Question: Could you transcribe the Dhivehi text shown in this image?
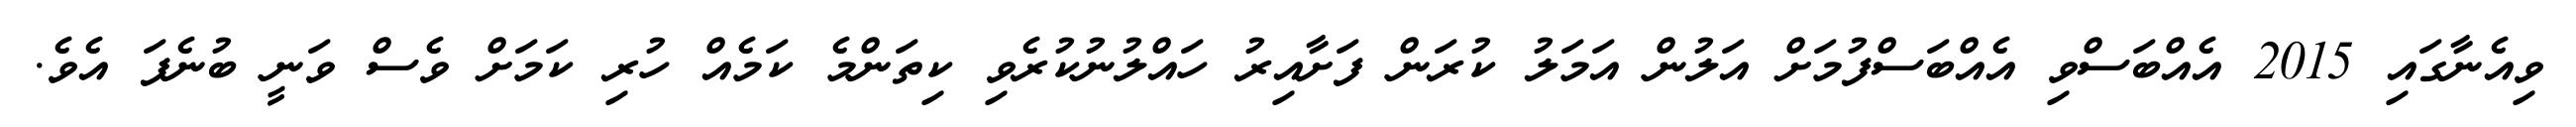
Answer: ވިއެނާގައި 2015 އެއްބަސްވި އެއްބަސްފުމަށް އަލުން އަމަލު ކުރަން ފަށާއިރު ހައްލުނުކުރެވި ކިތަންމެ ކަމެއް ހުރި ކަމަށް ވެސް ވަނީ ބުނެފަ އެވެ.